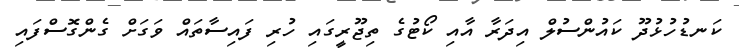
ކަނޑުހުޅުދޫ ކައުންސުލް އިދަރާ އާއި ކޯޓުގެ ތިޖޫރީގައި ހުރި ފައިސާތައް ވަގަށް ގެންގޮސްފައި